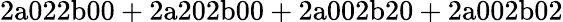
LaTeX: \mathrm{2a022b00+2a202b00+2a002b20+2a002b02}